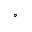
^ \circ